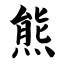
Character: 熊